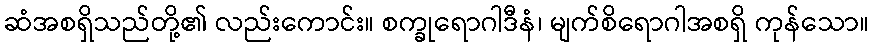
ဆံအစရှိသည်တို့၏ လည်းကောင်း။ စက္ခုရောဂါဒီနံ၊ မျက်စိရောဂါအစရှိ ကုန်သော။